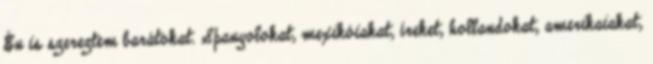
Én is szereztem barátokat. Spanyolokat, mexikóiakat, íreket, hollandokat, amerikaiakat,